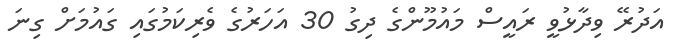
އަދުރޭ ވިދާޅުވީ ރައީސް މައުމޫންގެ ދިގު 30 އަހަރުގެ ވެރިިކަމުގައި ގައުމަށް ގިނަ